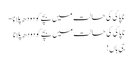
ناپاکی کی حالت میں بچےکو دودھ پلانا -
ناپاکی کی حالت میں بچےکو دودھ پلانا
جی ہاں !